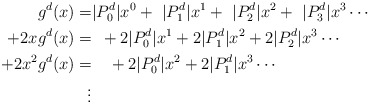
\begin{align*}g^{d}(x)=&|P^d_0|x^0+\,\,|P^d_1|x^1+\,\,|P^d_2|x^2+\,\,|P^d_3|x^3\cdots\\+2xg^{d}(x)=& \enspace +2|P^d_0|x^1+2|P^d_1|x^2+2|P^d_2|x^3\cdots\\+2x^2g^{d}(x)=& \enspace \,\,\,+2|P^d_0|x^2+2|P^d_1|x^3\cdots\\\vdots&\end{align*}